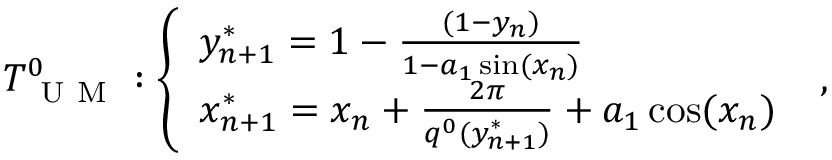
T _ { \mathrm { ~ U ~ M ~ } } ^ { 0 } : \left\{ \begin{array} { l l } { y _ { n + 1 } ^ { * } = 1 - \frac { ( 1 - y _ { n } ) } { 1 - a _ { 1 } \sin ( x _ { n } ) } } \\ { x _ { n + 1 } ^ { * } = x _ { n } + \frac { 2 \pi } { q ^ { 0 } ( y _ { n + 1 } ^ { * } ) } + a _ { 1 } \cos ( x _ { n } ) } \end{array} \right. ~ ,